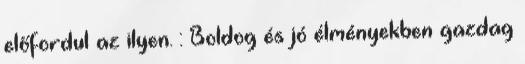
előfordul az ilyen. : Boldog és jó élményekben gazdag